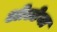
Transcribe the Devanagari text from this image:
ओल्टेना